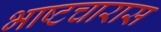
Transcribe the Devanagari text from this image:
भाष्टचारास